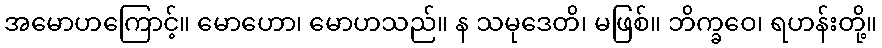
အမောဟကြောင့်။ မောဟော၊ မောဟသည်။ န သမုဒေတိ၊ မဖြစ်။ ဘိက္ခဝေ၊ ရဟန်းတို့။